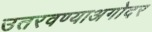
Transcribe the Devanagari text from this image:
उतरवण्याअगोदर